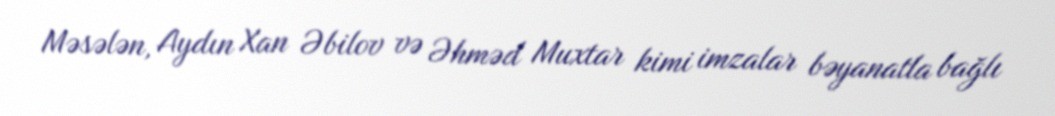
Məsələn, Aydın Xan Əbilov və Əhməd Muxtar kimi imzalar bəyanatla bağlı